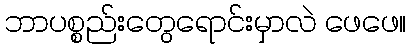
ဘာပစ္စည်းတွေရောင်းမှာလဲ ဖေဖေ။